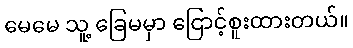
မေမေ သူ့ ခြေမမှာ ငြောင့်စူးထားတယ်။